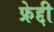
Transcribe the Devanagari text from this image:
फ्रेद्दी